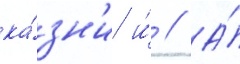
ка́зн'и и́ // А́